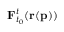
\mathbf { F } _ { t _ { 0 } } ^ { t } ( \mathbf { r } ( \mathbf { p } ) )